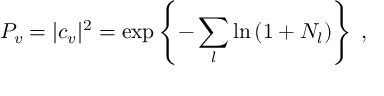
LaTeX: P _ { v } = | c _ { v } | ^ { 2 } = \exp \left\{ - \sum _ { l } \ln \left( 1 + N _ { l } \right) \right\} \; ,